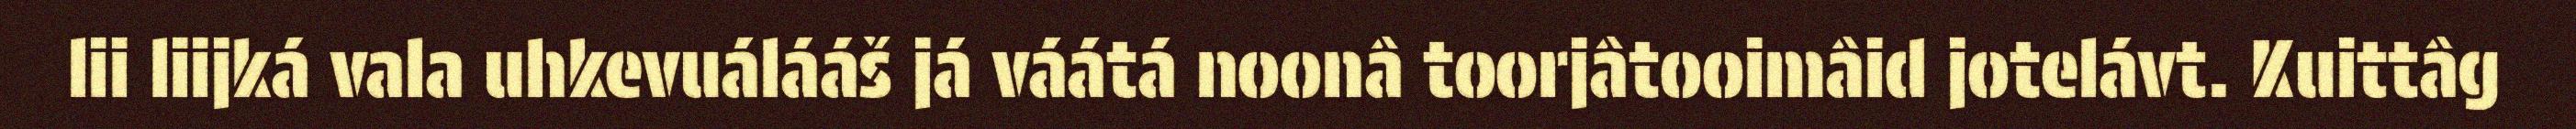
lii liijká vala uhkevuálááš já váátá noonâ toorjâtooimâid jotelávt. Kuittâg